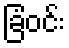
ခြံဝင်း